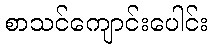
စာသင်ကျောင်းပေါင်း